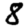
Digit: 8